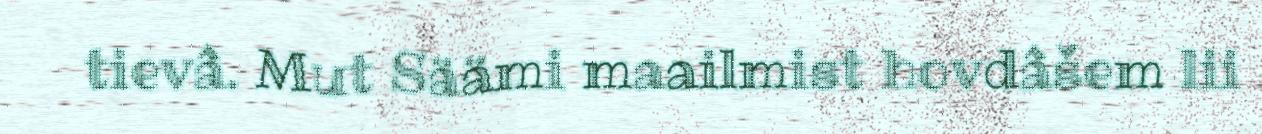
tievâ. Mut Säämi maailmist hovdâšem lii